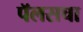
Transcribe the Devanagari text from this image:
पॅलसचा